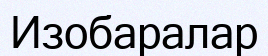
Изобаралар